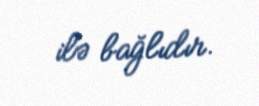
ilə bağlıdır.